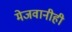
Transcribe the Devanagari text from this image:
मेजवानीही